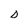
Character: D